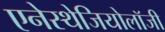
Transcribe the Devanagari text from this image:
एनेस्थेजियोलॉजी